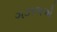
ગઝલએ